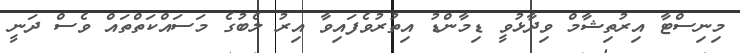
މިނިސްޓާ އިރުތިޝާމް ވިދާޅުވީ ޑިމާންޑު އިތުރުވެފައިވާ އިރު ލެބުގެ މަސައްކަތްތައް ވެސް ދަނީ